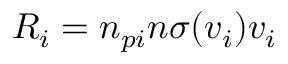
R _ { i } = n _ { p i } n \sigma ( v _ { i } ) v _ { i }